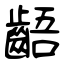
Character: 齬